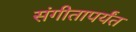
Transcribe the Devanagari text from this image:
संगीतापर्यंत